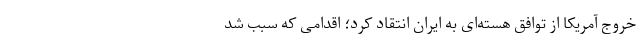
خروج آمریکا از توافق هسته‌ای به ایران انتقاد کرد؛ اقدامی که سبب شد